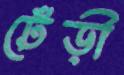
ঢেঁড়ী